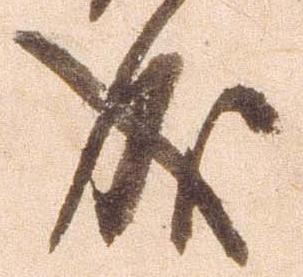
成